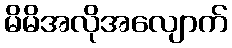
မိမိအလိုအလျောက်